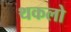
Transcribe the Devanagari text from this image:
थकलो